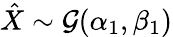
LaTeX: \hat{X}\sim\mathcal G(\alpha_{1},\beta_{1})